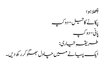
چِھلا ہوا
پکانے کا تیل- دو کپ
پانی- دو کپ
طریقہِ تیاری:
ایک پیالے میں چاول بھگو کر رکھ دیں۔